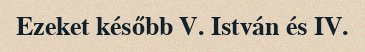
Ezeket később V. István és IV.